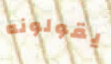
يقولونه